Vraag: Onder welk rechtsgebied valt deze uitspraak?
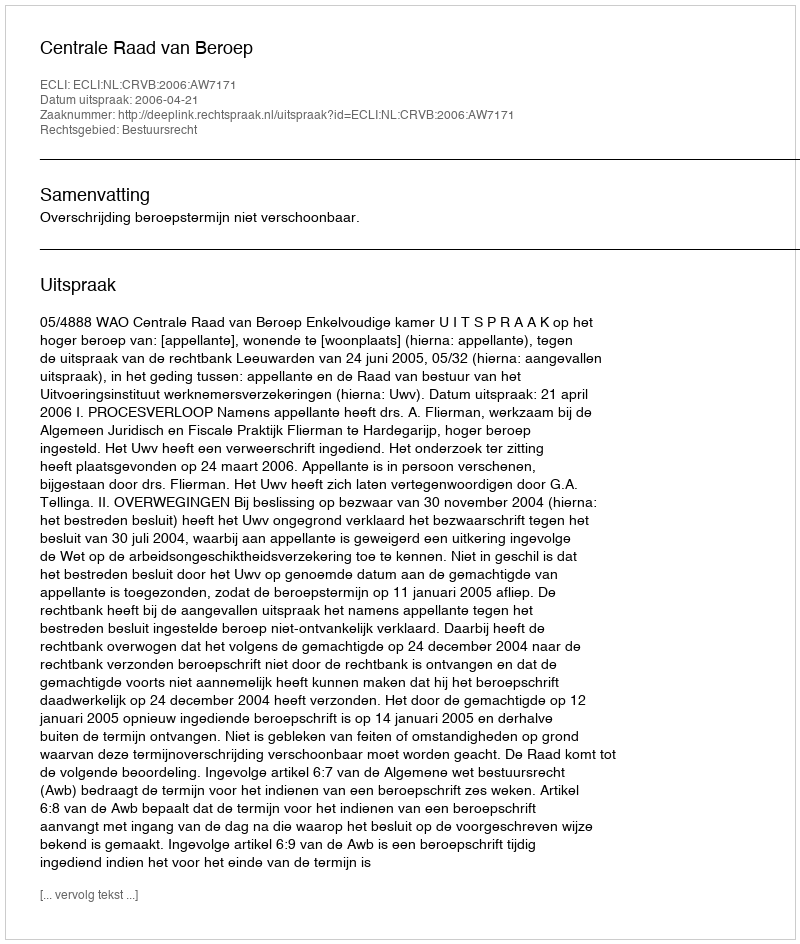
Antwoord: Bestuursrecht